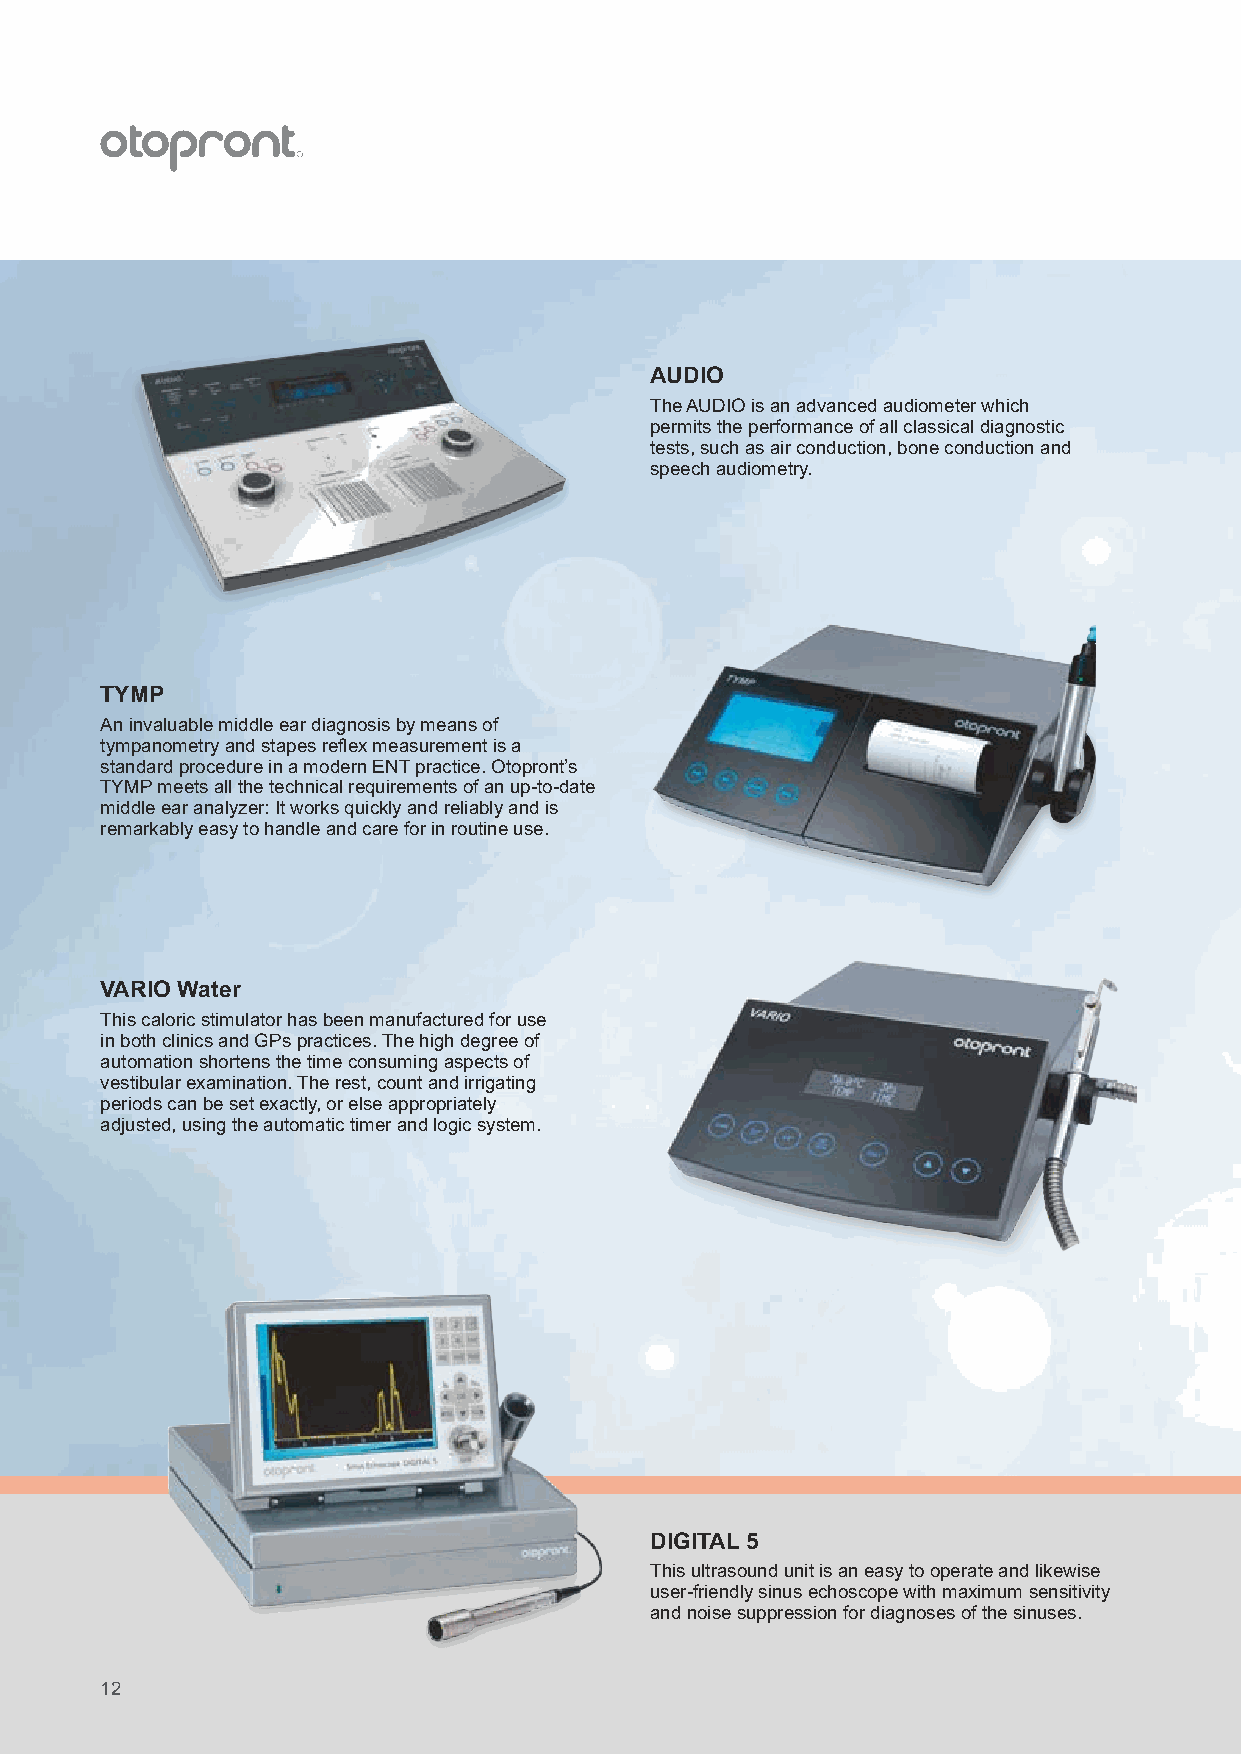
AUDIO                                             VAC 18
 The AUDIO is an advanced audiometer which         The portable suction unit VAC 18 is designed for
 permits the performance of all classical diagnostic versatile use in hospitals, practices and home care.
 tests, such as air conduction, bone conduction and The unit operates very quietly and the smooth
 speech audiometry.                                outer surfaces facilitate ease of cleaning.
 TYMP
 TE-OAE
 An invaluable middle ear diagnosis by means of
 As a world first, the Otopront TE-OAE is pioneering in the
 tympanometry and stapes reflex measurement is a
 evaluation of otoacoustic emission measurements results.
 standard procedure in a modern ENT practice. Otopront’s
 All measured data are classified according to signal statistic
 TYMP meets all the technical requirements of an up-to-date
 and signal dynamic features. The result is transmitted to an
 middle ear analyzer: It works quickly and reliably and is
 expert system in the form of parameter vectors.
 remarkably easy to handle and care for in routine use.
 VARIO Water
 This caloric stimulator has been manufactured for use
 in both clinics and GPs practices. The high degree of
 automation shortens the time consuming aspects of
 PES 2
 vestibular examination. The rest, count and irrigating
 periods can be set exactly, or else appropriately                                     The PES 2 represents a new generation of high-
 adjusted, using the automatic timer and logic system.                                 performance systems for endoscopic diagnosis.
 The combination of sophisticated camera technology
 and digital bit map memory lends innovative support
 to medical procedures.
 DIGITAL 5                                                                       LED head light
 This ultrasound unit is an easy to operate and likewise                         The ultra bright and compact LED head light
 user-friendly sinus echoscope with maximum sensitivity                          for powerful, co-axial illumination.
 and noise suppression for diagnoses of the sinuses.
 12                                                                                                                                                   13